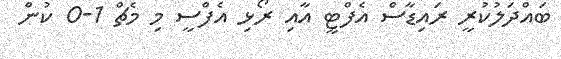
ބައްދަލުކުރީ ރައިޑާސް އެފްޓީ އާއި ރޯޅި އެފްސީ މި މެޗް 1-0 ކުން